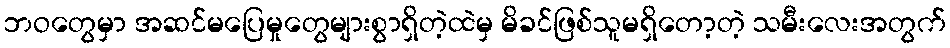
ဘဝတွေမှာ အဆင်မပြေမှုတွေများစွာရှိတဲ့ထဲမှ မိခင်ဖြစ်သူမရှိတော့တဲ့ သမီးလေးအတွက်